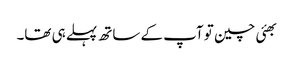
بھئی چین تو آپ کے ساتھ پہلے ہی تھا۔